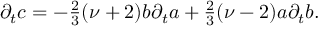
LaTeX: \partial _ { t } c = - { \textstyle { \frac { 2 } { 3 } } } ( \nu + 2 ) b \partial _ { t } a + { \textstyle { \frac { 2 } { 3 } } } ( \nu - 2 ) a \partial _ { t } b .